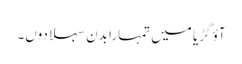
آؤ گڑیا میں تمہارا بدن سہلا دوں۔